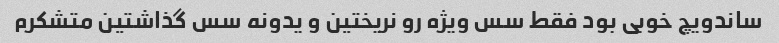
ساندویچ خوبی بود فقط سس ویژه رو نریختین و یدونه سس گذاشتین متشکرم